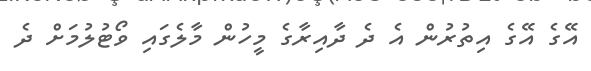
އޭގެ އޭގެ އިތުރުން އެ ދެ ދާއިރާގެ މީހުން މާލެގައި ވޯޓުލުމަށް ދެ